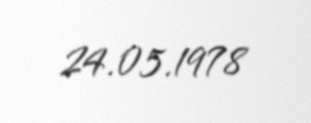
24.05.1978